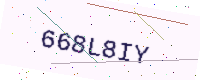
Text: 668L8IY